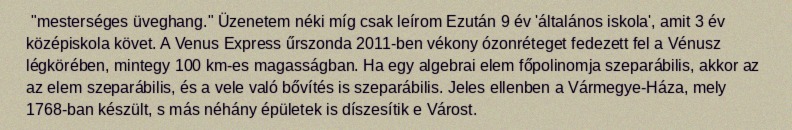
"mesterséges üveghang." Üzenetem néki míg csak leírom Ezután 9 év 'általános iskola', amit 3 év középiskola követ. A Venus Express űrszonda 2011-ben vékony ózonréteget fedezett fel a Vénusz légkörében, mintegy 100 km-es magasságban. Ha egy algebrai elem főpolinomja szeparábilis, akkor az az elem szeparábilis, és a vele való bővítés is szeparábilis. Jeles ellenben a Vármegye-Háza, mely 1768-ban készült, s más néhány épületek is díszesítik e Várost.